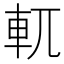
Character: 軏